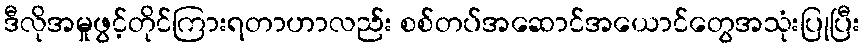
ဒီလိုအမှုဖွင့်တိုင်ကြားရတာဟာလည်း စစ်တပ်အဆောင်အယောင်တွေအသုံးပြုပြီး